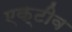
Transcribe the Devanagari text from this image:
एक्टीव